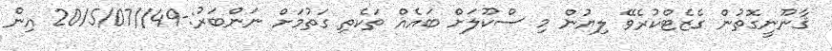
ޤާނޫނީގޮތުން ގެޒެޓްކުރެވޭ ލިޔުން މި ސްކޫލަށް ބައެއް ތަކެތި ގަތުމަށް ނަންބަރު:-49//2015/07 އިން